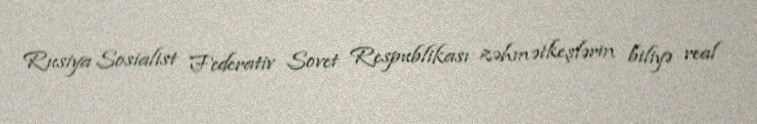
Rusiya Sosialist Federativ Sovet Respublikası zəhmətkeşlərin biliyə real